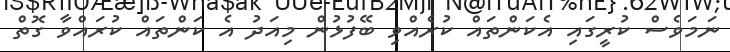
ނަމަވެސް ކުރީގައި އެކަންތައް ކުރެއްވި ބޭފުޅުން މިއަދު އެ ކަންތައް ކުރައްވާ ގޮތް